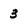
Character: 3